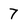
Character: 7